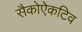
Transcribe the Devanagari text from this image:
सैकोऐकटिव